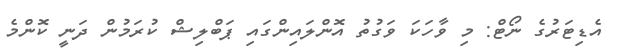
އެޑިޓަރުގެ ނޯޓް: މި ވާހަކަ ވަގުތު އޮންލައިންގައި ޕަބްލިޝް ކުރަމުން ދަނީ ކޮންމެ